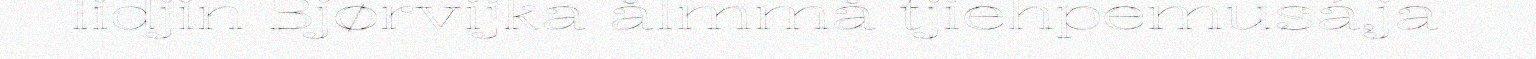
lidjin Bjørvijka ålmmå tjiehpemusá,ja